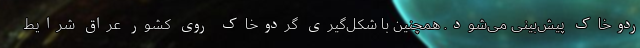
ردوخاک پیش‌بینی می‌شود. همچنین با شکل‌گیری گردوخاک روی کشور عراق شرایط